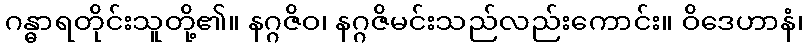
ဂန္ဓာရတိုင်းသူတို့၏။ နဂ္ဂဇိဝ၊ နဂ္ဂဇိမင်းသည်လည်းကောင်း။ ဝိဒေဟာနံ၊